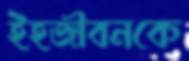
ইহজীবনকে